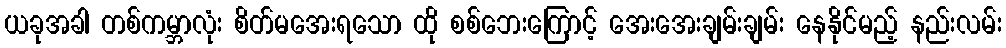
ယခုအခါ တစ်ကမ္ဘာလုံး စိတ်မအေးရသော ထို စစ်ဘေးကြောင့် အေးအေးချမ်းချမ်း နေနိုင်မည့် နည်းလမ်း